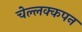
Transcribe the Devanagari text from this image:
चेल्लक्कपन